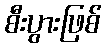
စီးပွားဖြစ်